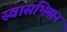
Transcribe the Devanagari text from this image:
स्वासभिमान